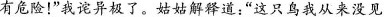
有危险！”我诧异极了。姑姑解释道：“这只鸟我从来没见